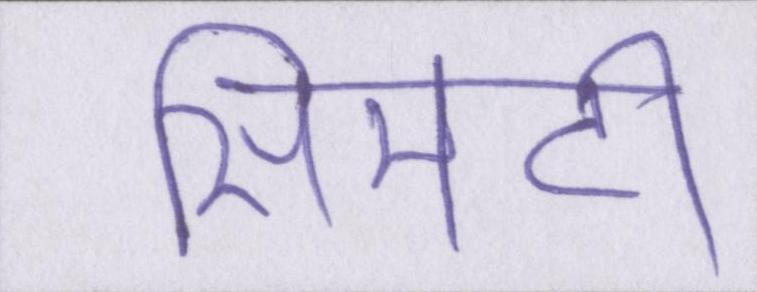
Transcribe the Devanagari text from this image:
सिमटी